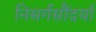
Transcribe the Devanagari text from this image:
निसर्गसौंदर्या